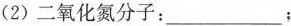
(2)二氧化氮分子：___；